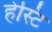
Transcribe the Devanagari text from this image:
हेस्टि